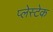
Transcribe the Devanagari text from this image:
प्लेस्टेक